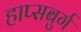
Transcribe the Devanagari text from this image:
हाप्सबुर्ग